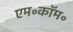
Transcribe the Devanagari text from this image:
एम॰कॉम॰